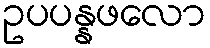
ဥပပန္နဖလော